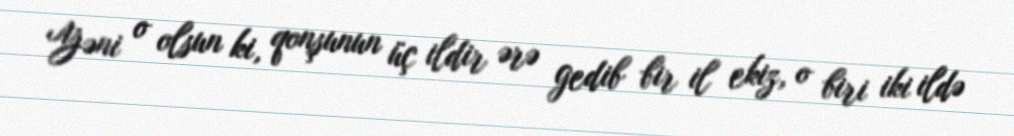
Yəni o olsun ki, qonşunun üç ildir ərə gedib bir il ekiz, o biri iki ildə